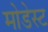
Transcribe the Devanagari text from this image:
मोडेस्ट